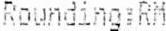
ROUNDING:RM